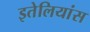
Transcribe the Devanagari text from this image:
इतेलियांस